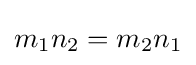
m_{1}n_{2}=m_{2}n_{1}